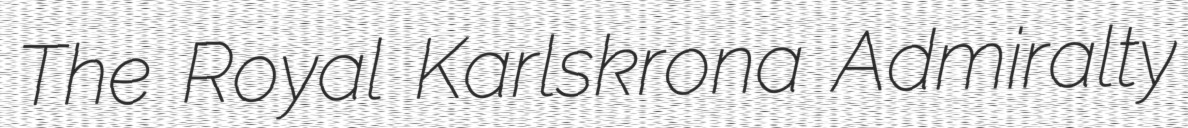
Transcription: The Royal Karlskrona Admiralty